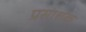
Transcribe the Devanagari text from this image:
प्रसाशक